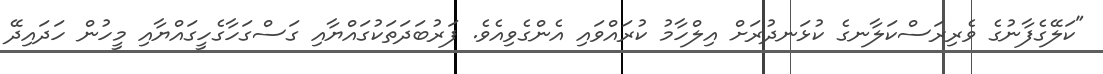
"ކަލޭގެފާނުގެ ވެރިރަސްކަލާނގެ ކުޅަނދުރަށް އިލްހާމު ކުރައްވައި އެންގެވިއެވެ. ފަރުބަދަތަކުގައްޔާއި ގަސްގަހާގެހީގައްޔާއި މީހުން ހަދައިދޭ